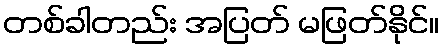
တစ်ခါတည်း အပြတ် မဖြတ်နိုင်။